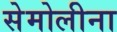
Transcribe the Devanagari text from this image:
सेमोलीना